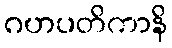
ဂဟပတိကာနိ